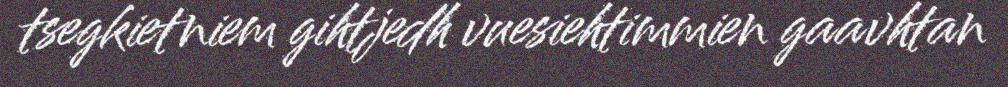
tsegkietniem gihtjedh vuesiehtimmien gaavhtan